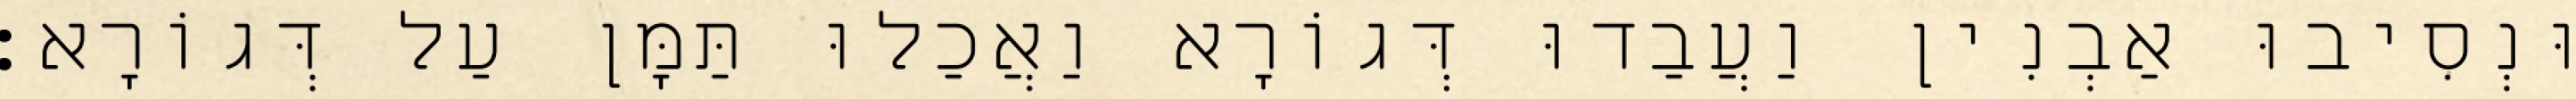
וּנְסִיבוּ אַבְנִין וַעֲבַדוּ דְּגוֹרָא וַאֲכַלוּ תַּמָּן עַל דְּגוֹרָא׃